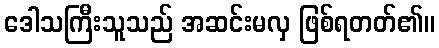
ဒေါသကြီးသူသည် အဆင်းမလှ ဖြစ်ရတတ်၏။